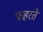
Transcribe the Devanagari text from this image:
फहरते